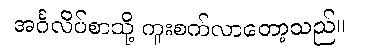
အင်္ဂလိပ်စာသို့ ကူးစက်လာတော့သည်။